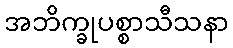
အဘိက္ခုပစ္စာသီသနာ